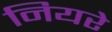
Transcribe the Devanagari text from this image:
नियरे